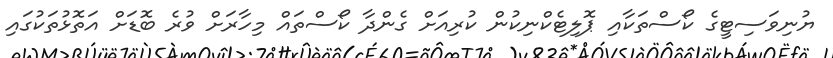
ޔުނިވަސިޓީގެ ކޯސްތަކާއި ޕޮލިޓެކްނިކުން ކުރިއަށް ގެންދާ ކޯސްތައް މިހާރަށް ވުރެ ބޮޑަށް އަތޮޅުތަކުގައި